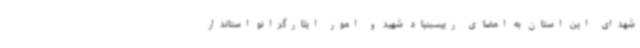
شهدای این استان به امضای رییسبنیاد شهید و امور ایثارگرانو استاندار